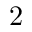
2